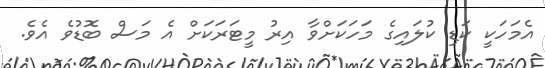
އެމަހަކީ ކަޑި ކުލައިގެ މަހަކަށްވާ އިރު މީޓަރަކަށް އެ މަސް ބޮޑުވެ އެވެ.